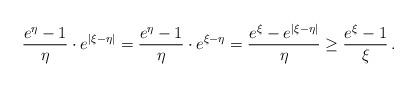
LaTeX: \begin{align*} \frac{e^\eta-1}{\eta}\cdot e^{|\xi-\eta|} = \frac{e^\eta-1}{\eta}\cdot e^{\xi-\eta} = \frac{e^\xi-e^{|\xi-\eta|}}{\eta} \geq \frac{e^\xi-1}{\xi} \, . \end{align*}